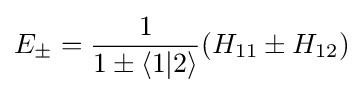
{{E}_{\pm }}={\frac {1}{1\pm \left\langle 1|2\right\rangle }}({{H}_{11}}\pm {{H}_{12}})